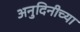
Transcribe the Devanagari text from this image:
अनुदिनीच्या